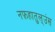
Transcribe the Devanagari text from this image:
नफ़हातुल्उंस